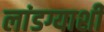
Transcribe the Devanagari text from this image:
लांडग्याशी